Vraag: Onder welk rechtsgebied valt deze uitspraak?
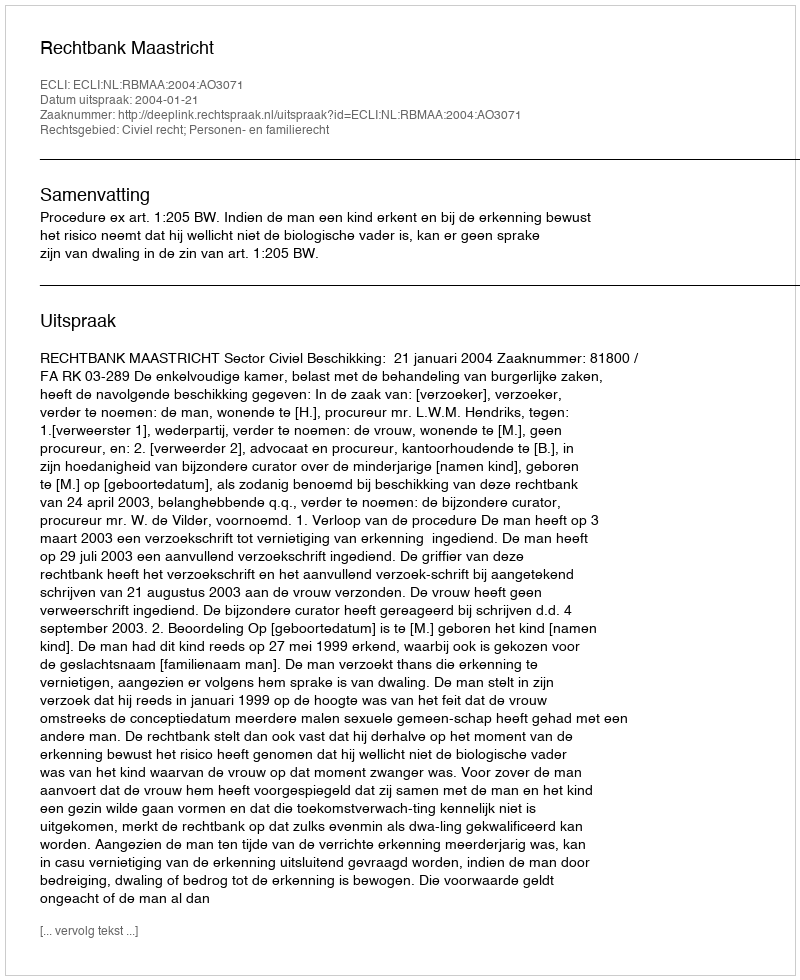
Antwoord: Civiel recht; Personen- en familierecht